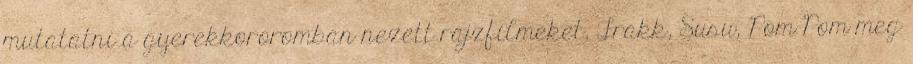
mutatatni a gyerekkororomban nezett rajzfilmeket, Frakk, Susu, Pom-Pom meg